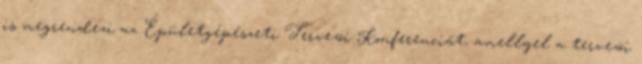
is megrendezi az Épületgépészeti Tervezõi Konferenciát, amellyel a tervezõi